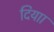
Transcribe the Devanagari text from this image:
दियाा